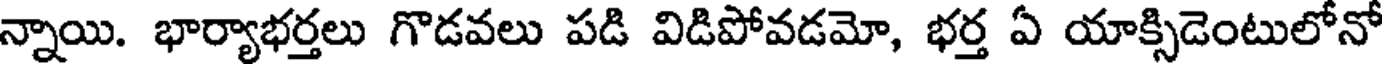
న్నాయి. భార్యాభర్తలు గొడవలు పడి విడిపోవడమో, భర్త ఏ యాక్సిడెంటులోనో